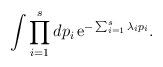
LaTeX: \begin{align*}\int \prod_{i=1}^sdp_i \,{\rm e}^{-\sum_{i=1}^s\lambda_ip_i}.\end{align*}